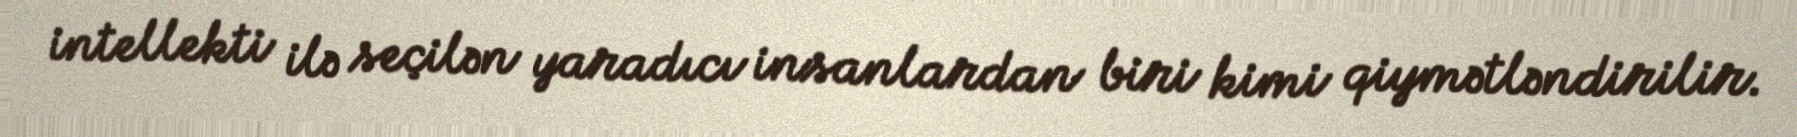
intellekti ilə seçilən yaradıcı insanlardan biri kimi qiymətləndirilir.